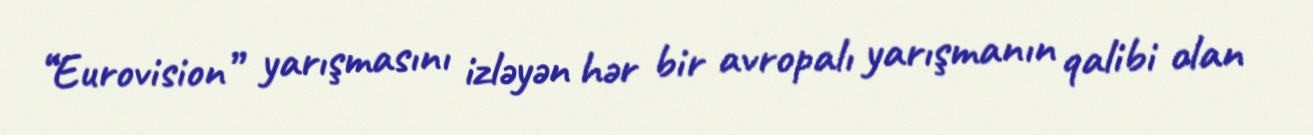
“Eurovision” yarışmasını izləyən hər bir avropalı yarışmanın qalibi olan